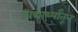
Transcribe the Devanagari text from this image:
विद्यार्थ्यांतून